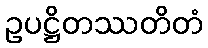
ဥပဋ္ဌိတဿတိတံ